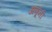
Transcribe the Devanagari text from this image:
अणूंनी